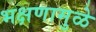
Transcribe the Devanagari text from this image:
भक्षणामुळे